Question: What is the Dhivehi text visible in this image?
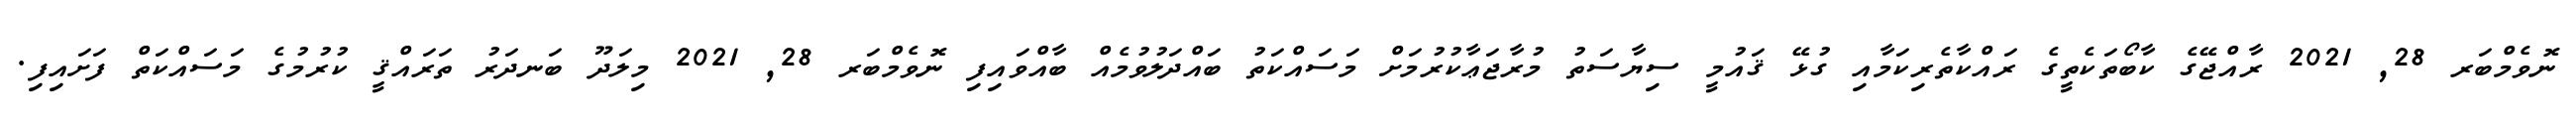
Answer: ނޮވެމްބަރ 28, 2021 ރާއްޖޭގެ ކާބޯތަކެތީގެ ރައްކާތެރިކަމާއި ގުޅޭ ޤައުމީ ސިޔާސަތު މުރާޖަޢާކުރުމަށް މަސައްކަތު ބައްދަލުވުމެއް ބާއްވައިފި ނޮވެމްބަރ 28, 2021 މިލަދޫ ބަނދަރު ތަރައްޤީ ކުރުމުގެ މަސައްކަތް ފަށައިފި.